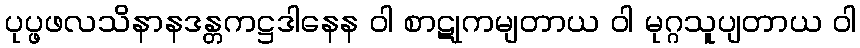
ပုပ္ဖဖလသိနာနဒန္တကဋ္ဌဒါနေန ဝါ စာဋုကမျတာယ ဝါ မုဂ္ဂသူပျတာယ ဝါ